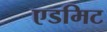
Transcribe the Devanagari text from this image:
एडमिट